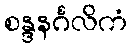
စန္ဒနင်္ဂလိကံ